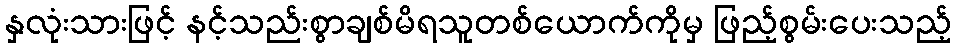
နှလုံးသားဖြင့် နင့်သည်းစွာချစ်မိရသူတစ်ယောက်ကိုမှ ဖြည့်စွမ်းပေးသည့်